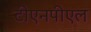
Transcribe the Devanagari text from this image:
टीएनपीएल